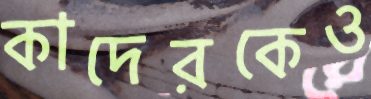
কাদেরকেও